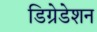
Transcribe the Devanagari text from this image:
डिग्रेडेशन